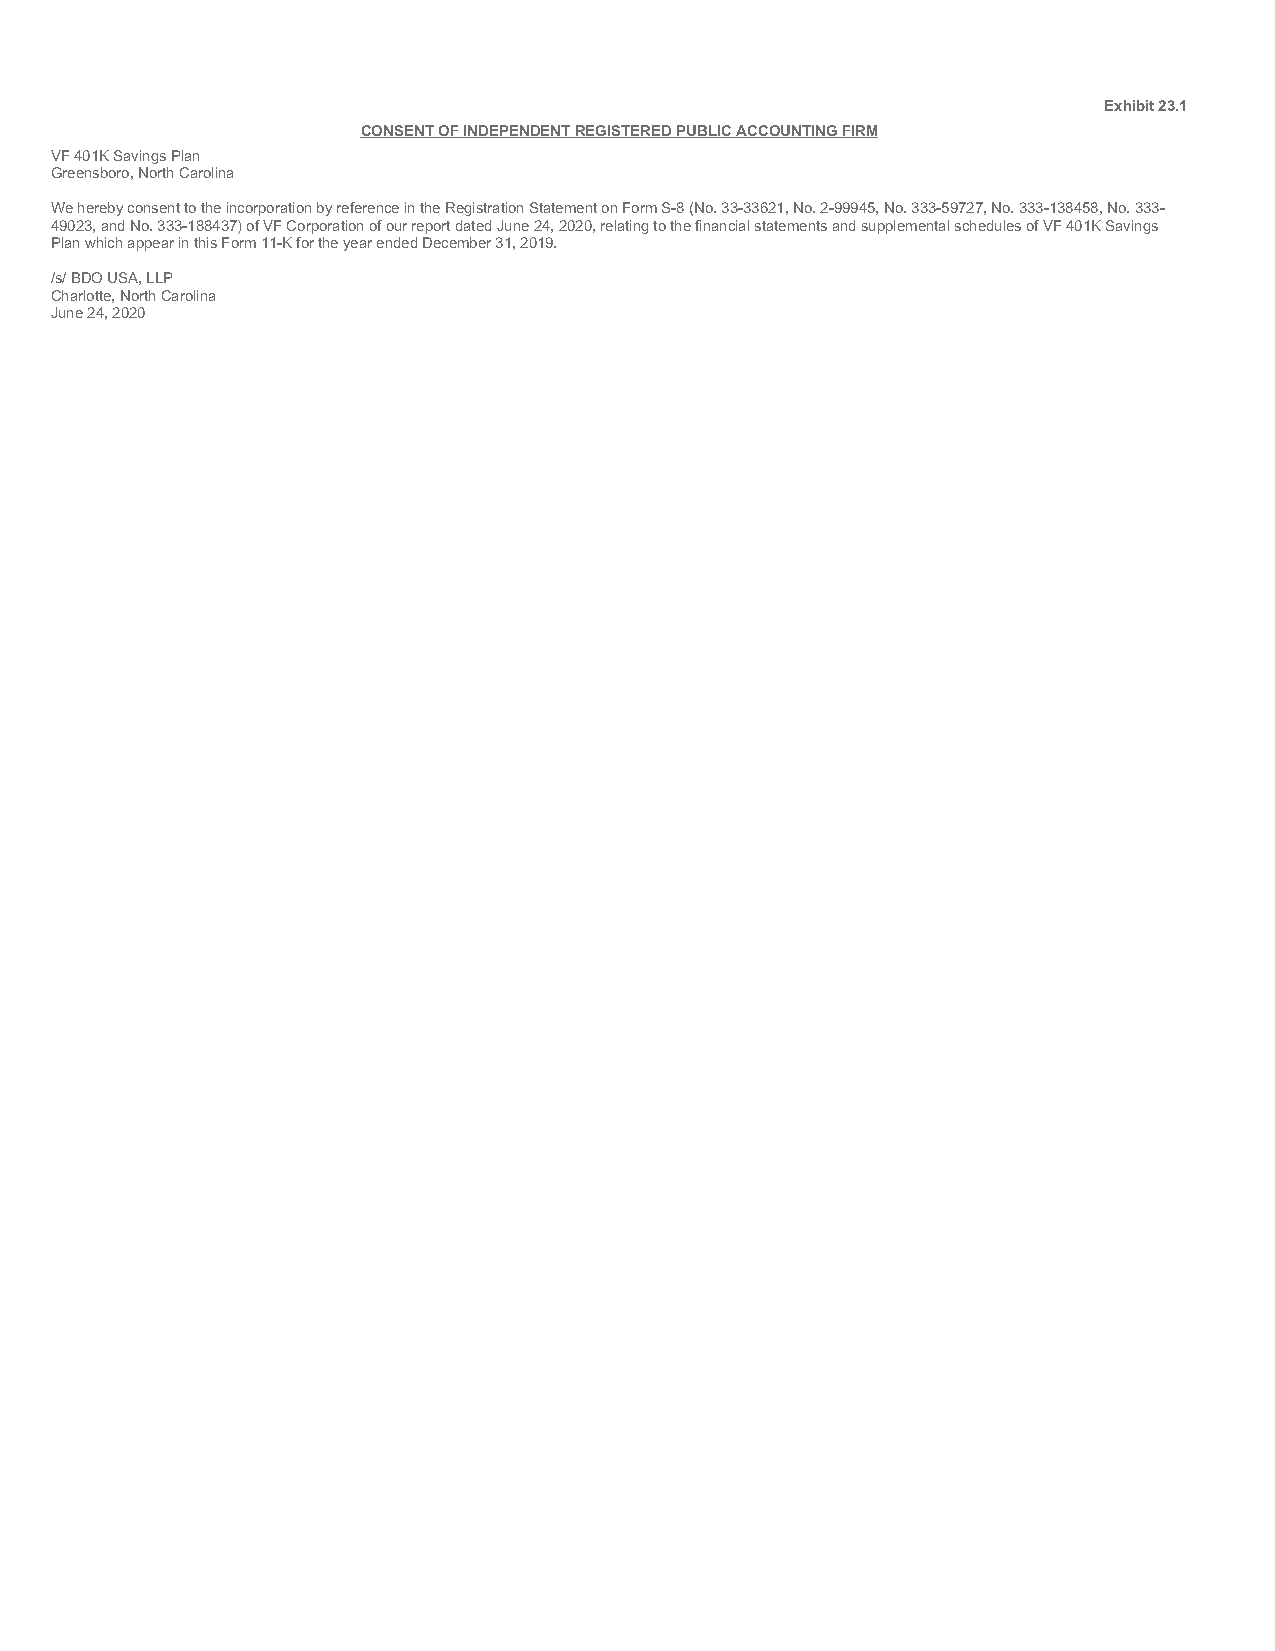
Exhibit 23.1
 CONSENT OF INDEPENDENT REGISTERED PUBLIC ACCOUNTING FIRM
 VF 401K Savings Plan
 Greensboro, North Carolina
 We hereby consent to the incorporation by reference in the Registration Statement on Form S-8 (No. 33-33621, No. 2-99945, No. 333-59727, No. 333-138458, No. 333-
 49023, and No. 333-188437) of VF Corporation of our report dated June 24, 2020, relating to the financial statements and supplemental schedules of VF 401K Savings
 Plan which appear in this Form 11-K for the year ended December 31, 2019.
 /s/ BDO USA, LLP
 Charlotte, North Carolina
 June 24, 2020